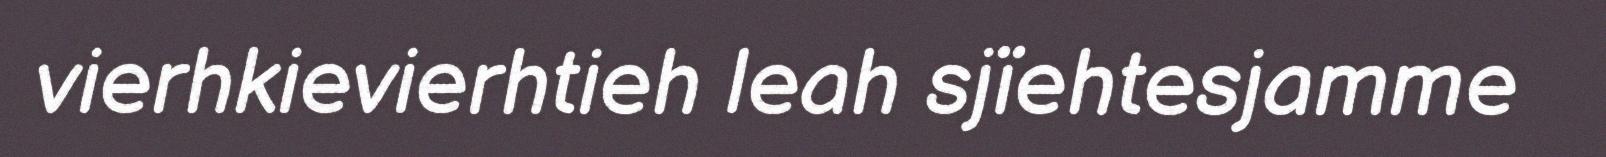
vierhkievierhtieh leah sjïehtesjamme